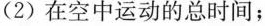
(2)在空中运动的总时间；